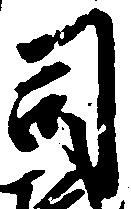
司